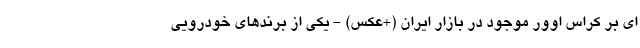
ای بر کراس اوور موجود در بازار ایران (+عکس) - یکی از برندهای خودرویی